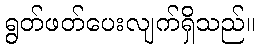
ရွတ်ဖတ်ပေးလျက်ရှိသည်။